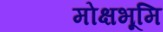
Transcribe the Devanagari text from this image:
मोक्षभूमि